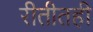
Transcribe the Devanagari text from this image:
रीतीतही